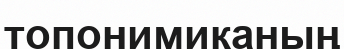
топонимиканың